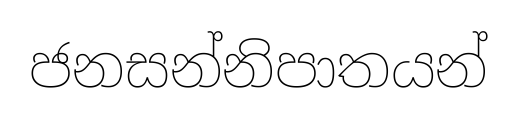
ජනසන්නිපාතයන්